65_HS1-834228961_62-HQ-83894_Section_7
Agency: FBI
Page 90
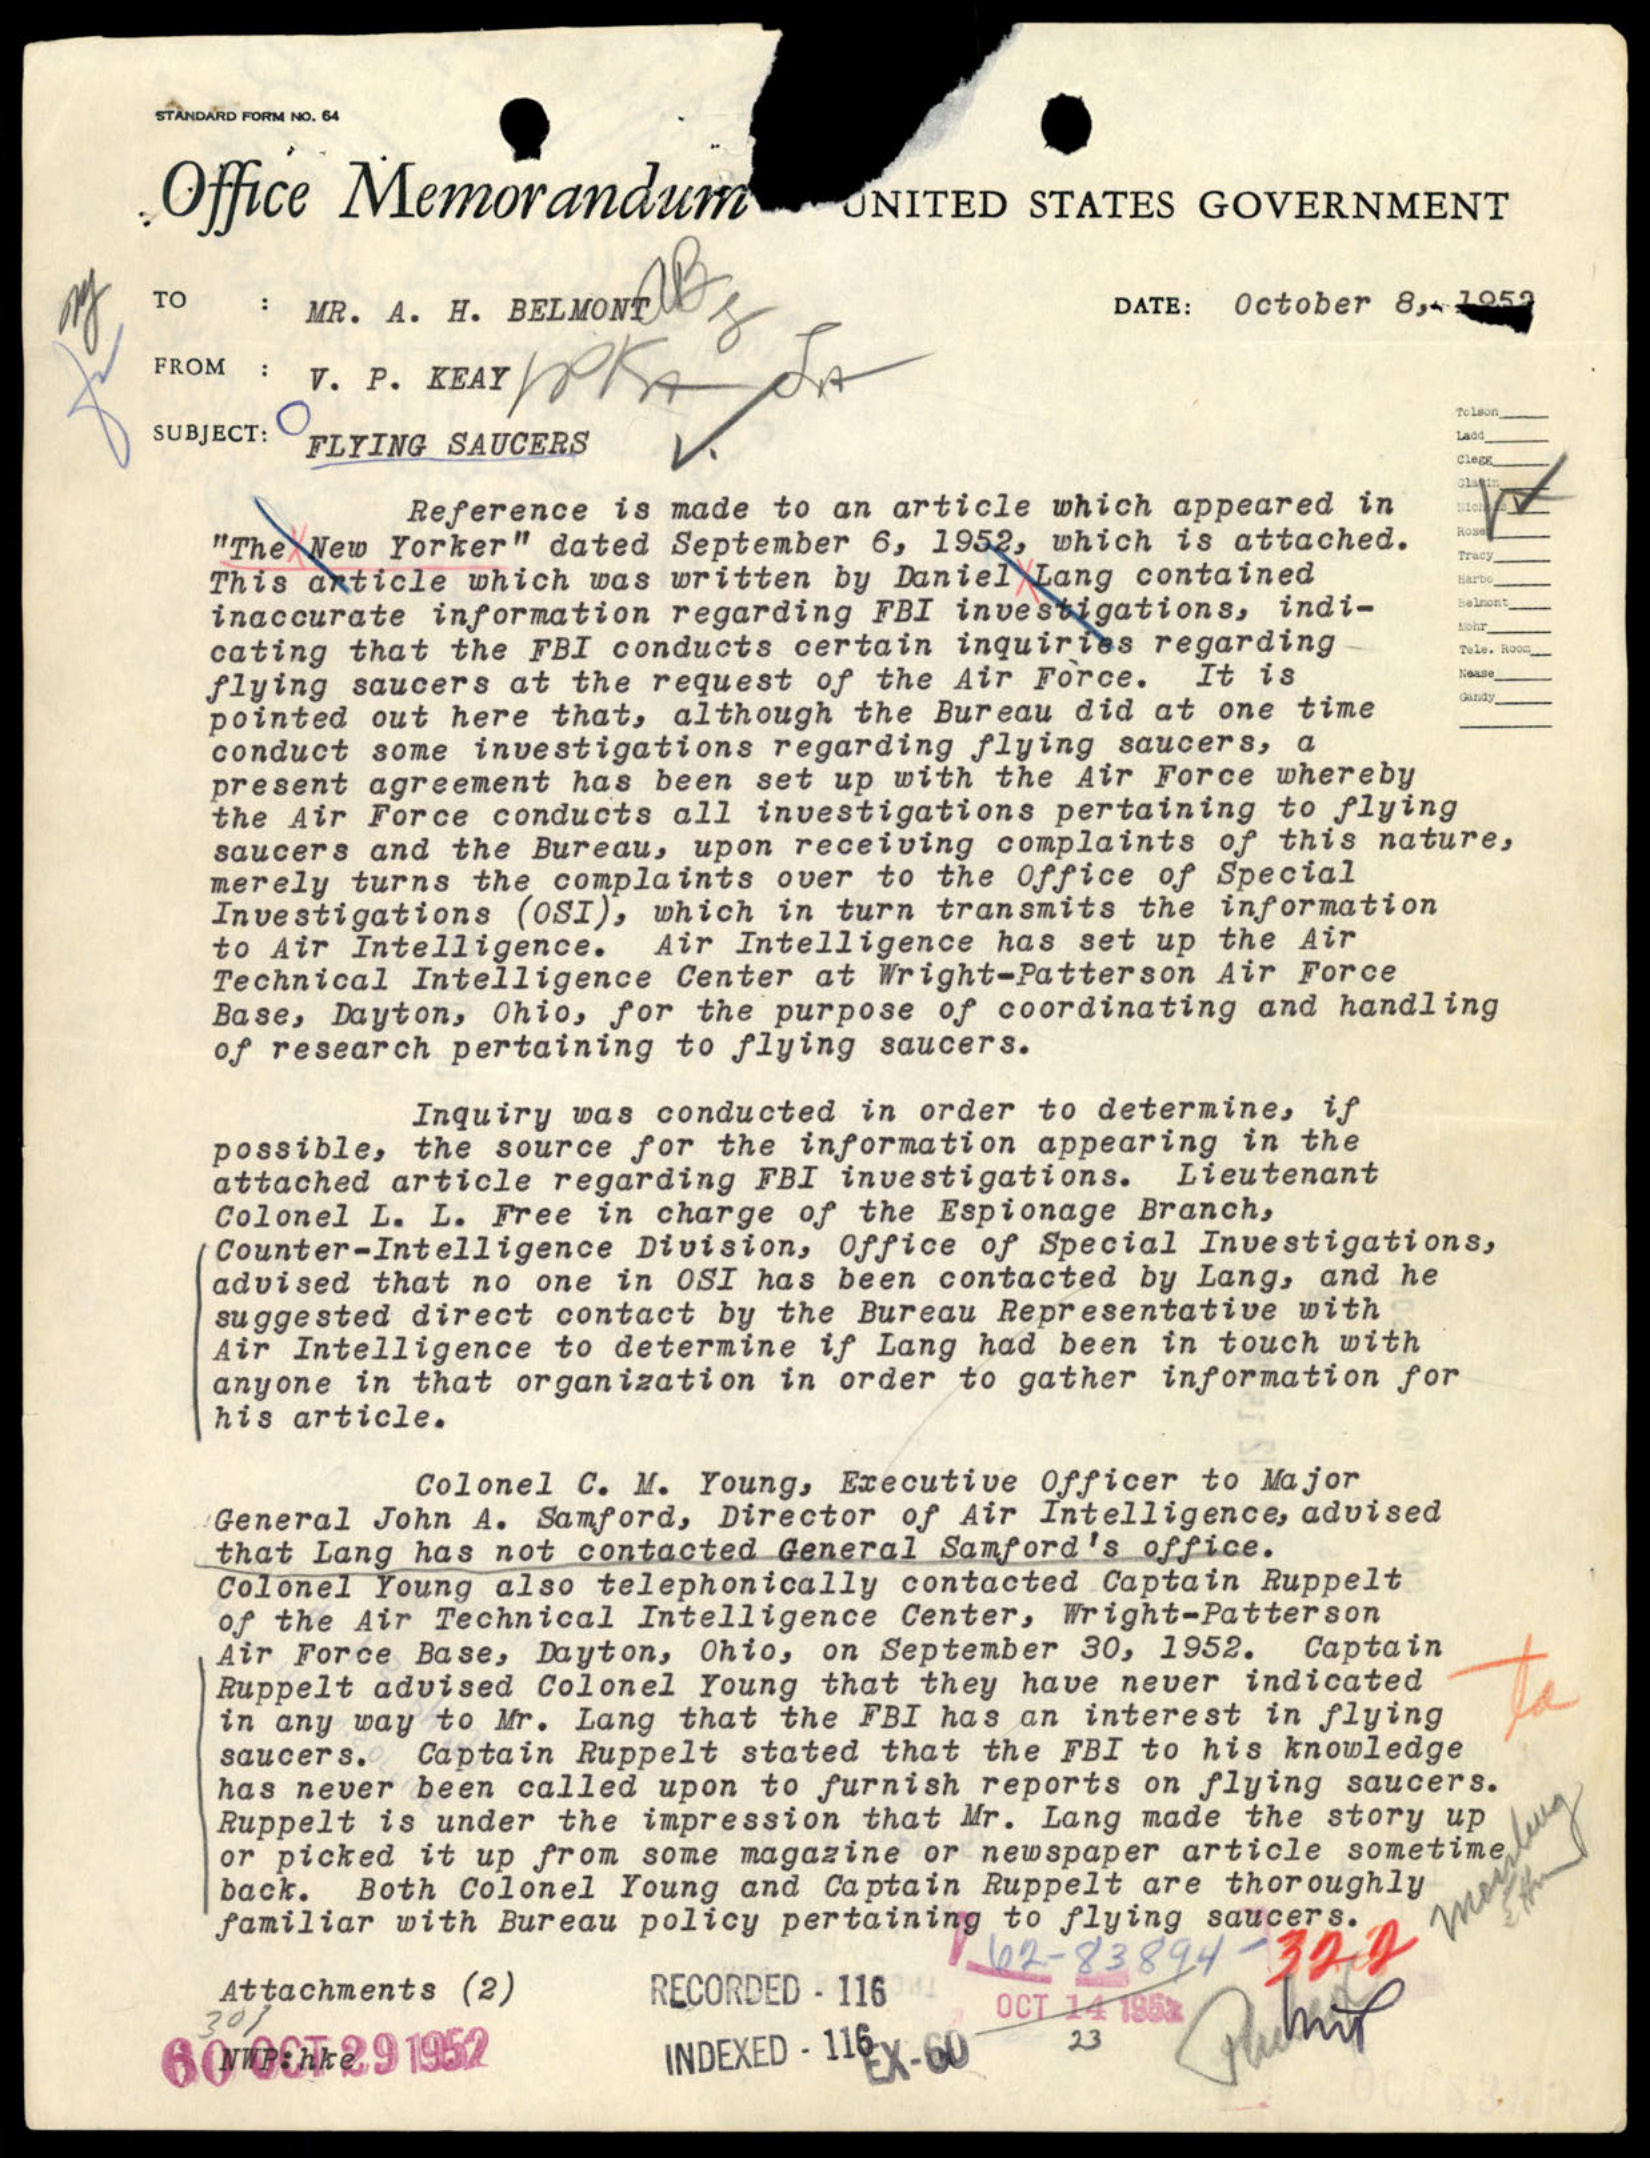